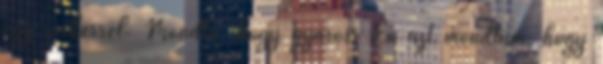
egy emberrel. Mondta, hogy gyáros. Én azt mondtam, hogy